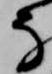
な